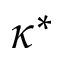
\kappa ^ { * }